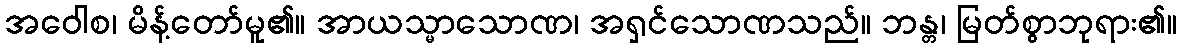
အဝေါစ၊ မိန့်တော်မူ၏။ အာယသ္မာသောဏ၊ အရှင်သောဏသည်။ ဘန္တ၊ မြတ်စွာဘုရား၏။